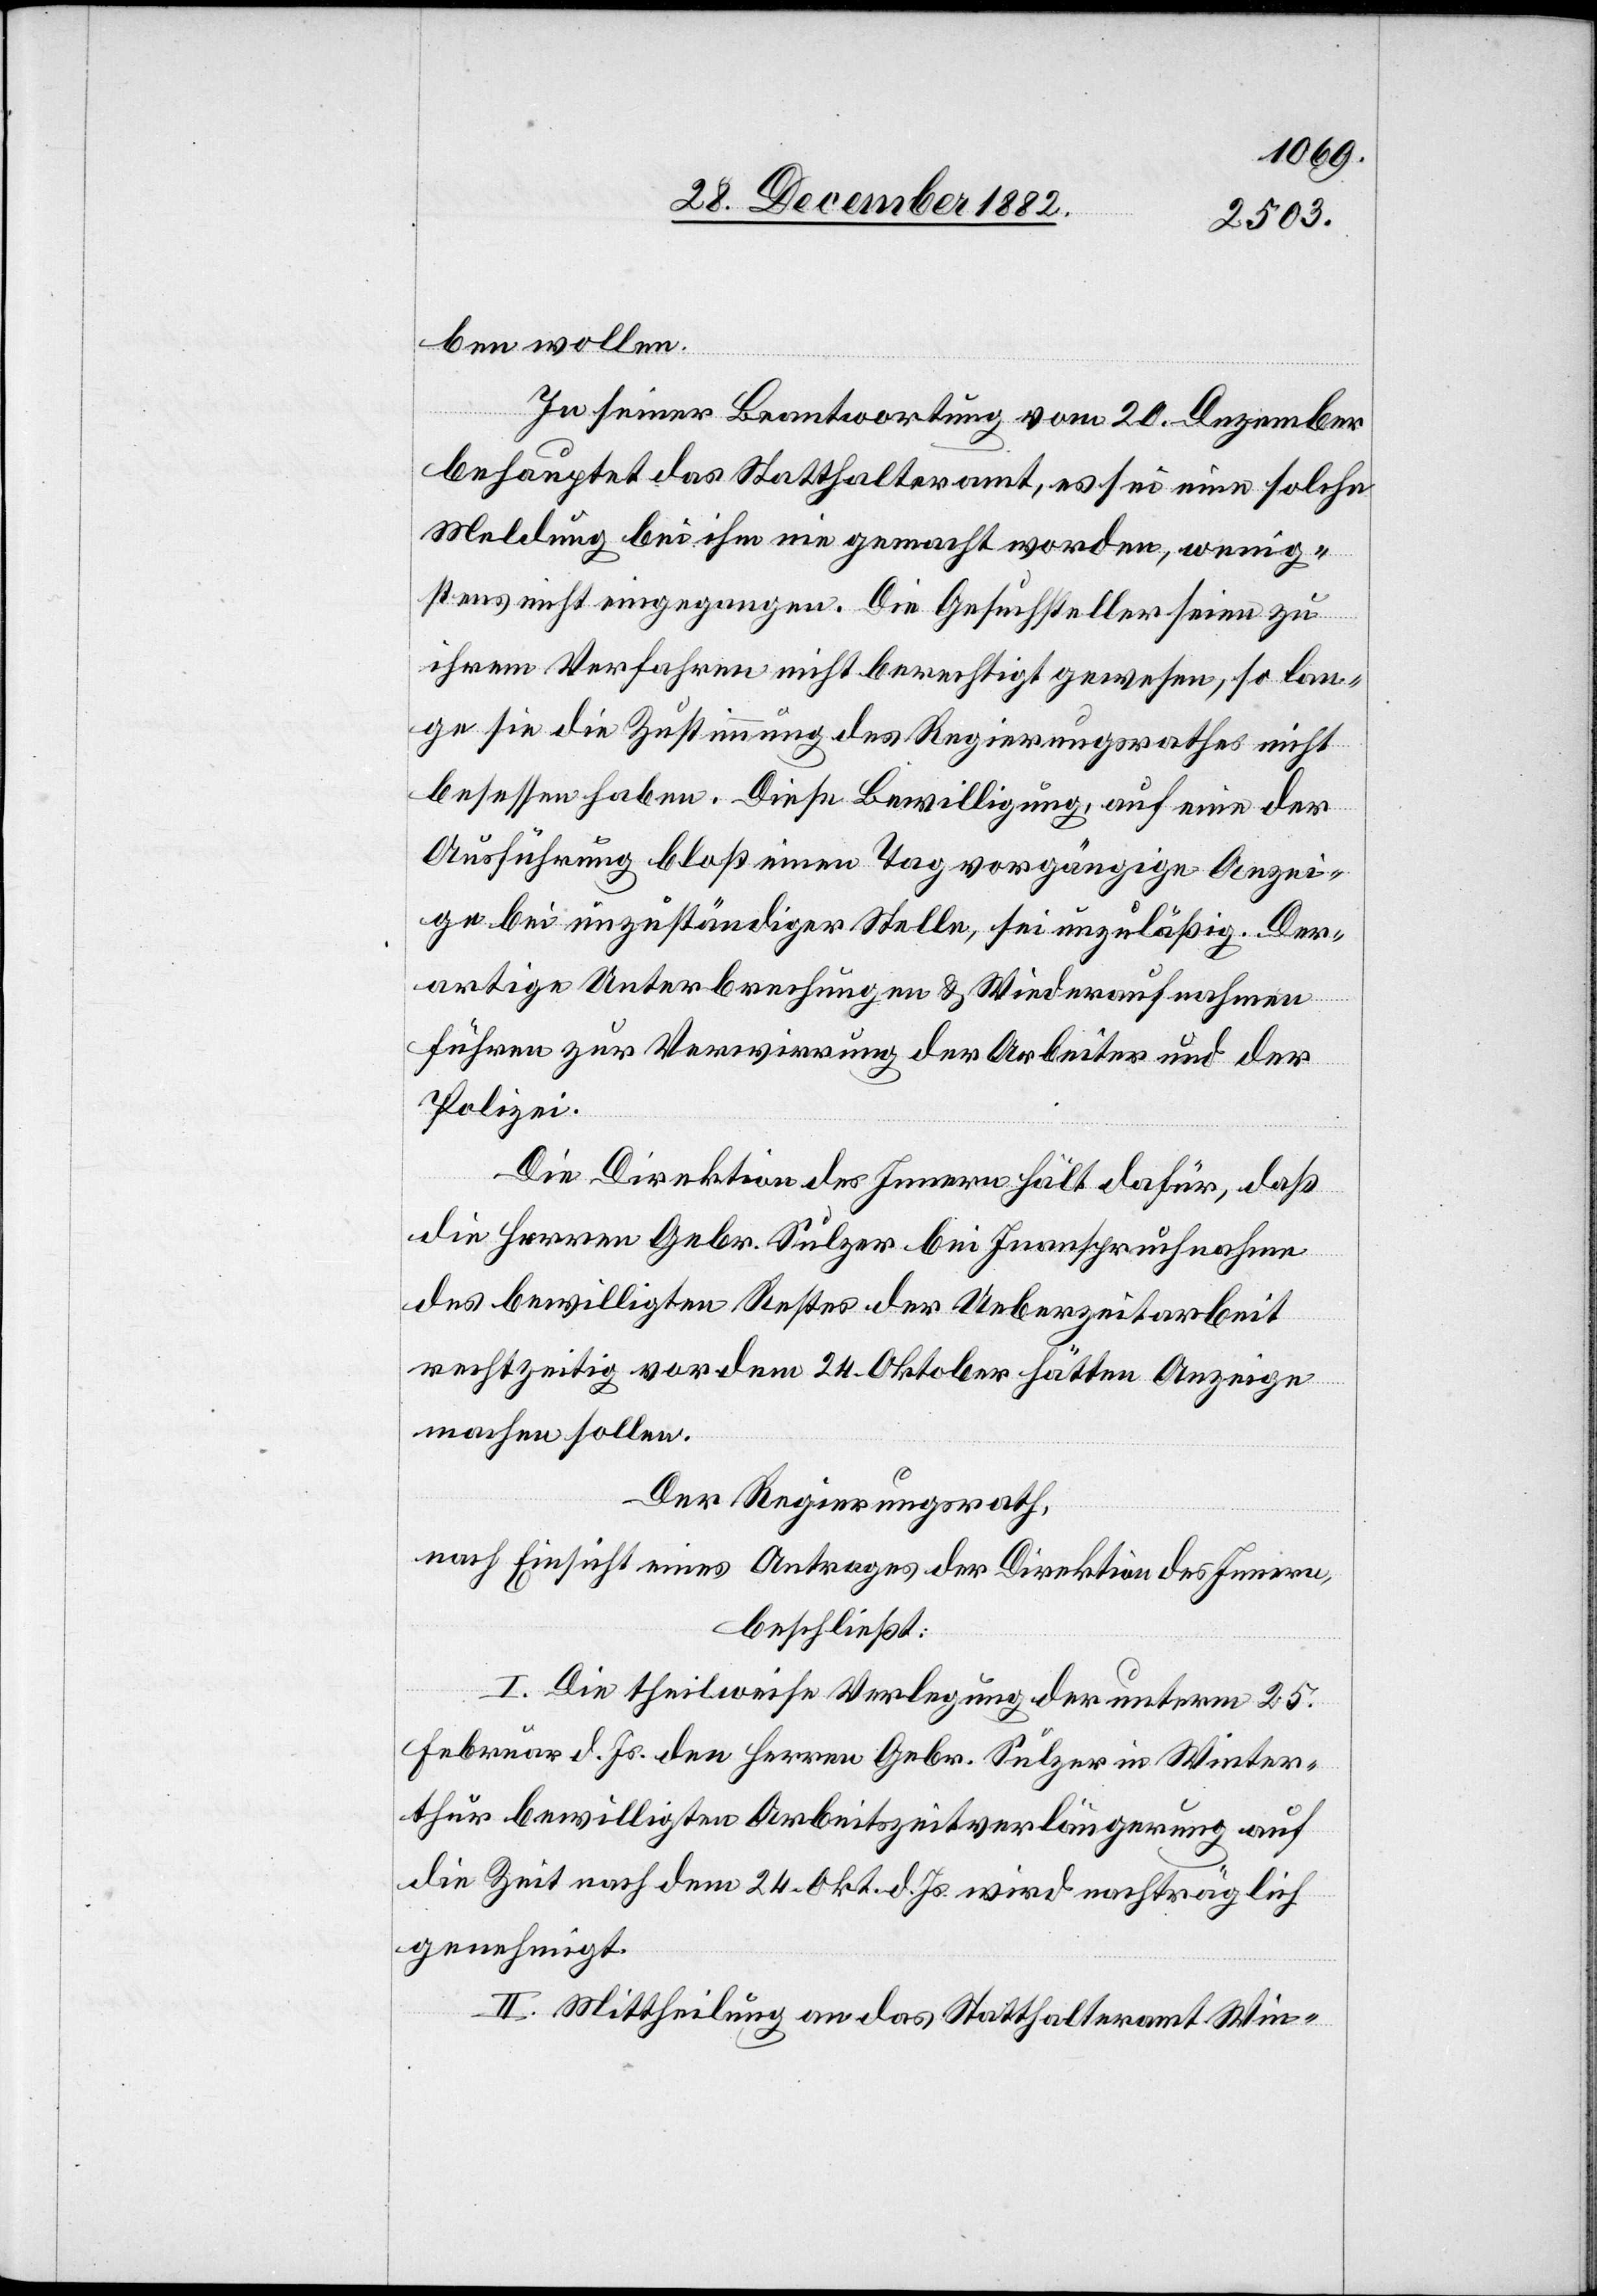
ben wollen.
In seiner Beantwortung vom 20. Dezember
behauptet das Statthalteramt, es sei eine solche
Meldung bei ihm nie gemacht worden, wenig¬
stens nicht eingegangen. Die Gesuchsteller seien zu
ihrem Verfahren nicht berechtigt gewesen, so lan¬
ge sie die Zustimmung des Regierungsrathes nicht
besessen haben. Diese Bewilligung, auf eine der
Ausführung bloß einen Tag vorgängige Anzei¬
ge bei unzuständiger Stelle, sei unzuläßig. Der¬
artige Unterbrechungen & Wiederaufnahme
führen zur Verwirrung der Arbeiter und der
Polizei.
Die Direktion des Innern hält dafür, daß
die Herren Gebr. Sulzer bei Inanspruchnahme
des bewilligten Restes der Ueberzeitarbeit
rechtzeitig vor dem 24. Oktober hätten Anzeige
machen sollen.
Der Regierungsrath,
nach Einsicht eines Antrages der Direktion des Innern,
beschließt:
I. Die theilweise Verlegung der unterm 25.
Februar d. Js. den Herren Gebr. Sulzer in Winter¬
thur bewilligten Arbeitszeitverlängerung auf
die Zeit nach dem 24. Okt. d. Js. wird nachträglich
genehmigt.
II. Mittheilung an das Statthalteramt Win-